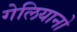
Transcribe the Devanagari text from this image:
गेलियानो